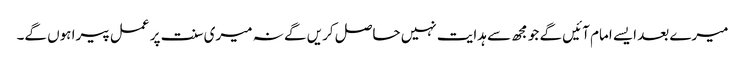
میرے بعد ایسے امام آئیں گے جو مجھ سے ہدایت نہیں حاصل کریں گے نہ میری سنت پر عمل پیرا ہوں گے۔